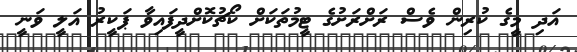
އަދި މީގެ ކުރިން ވެސް ރަށްރަށުގެ ޓީމުތަކަށް ކޯޗުކޮށްދީފައިވާ ޕަކީރު އަލީ ވަނީ